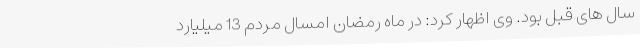
سال های قبل بود. وی اظهار کرد: در ماه رمضان امسال مردم 13 میلیارد